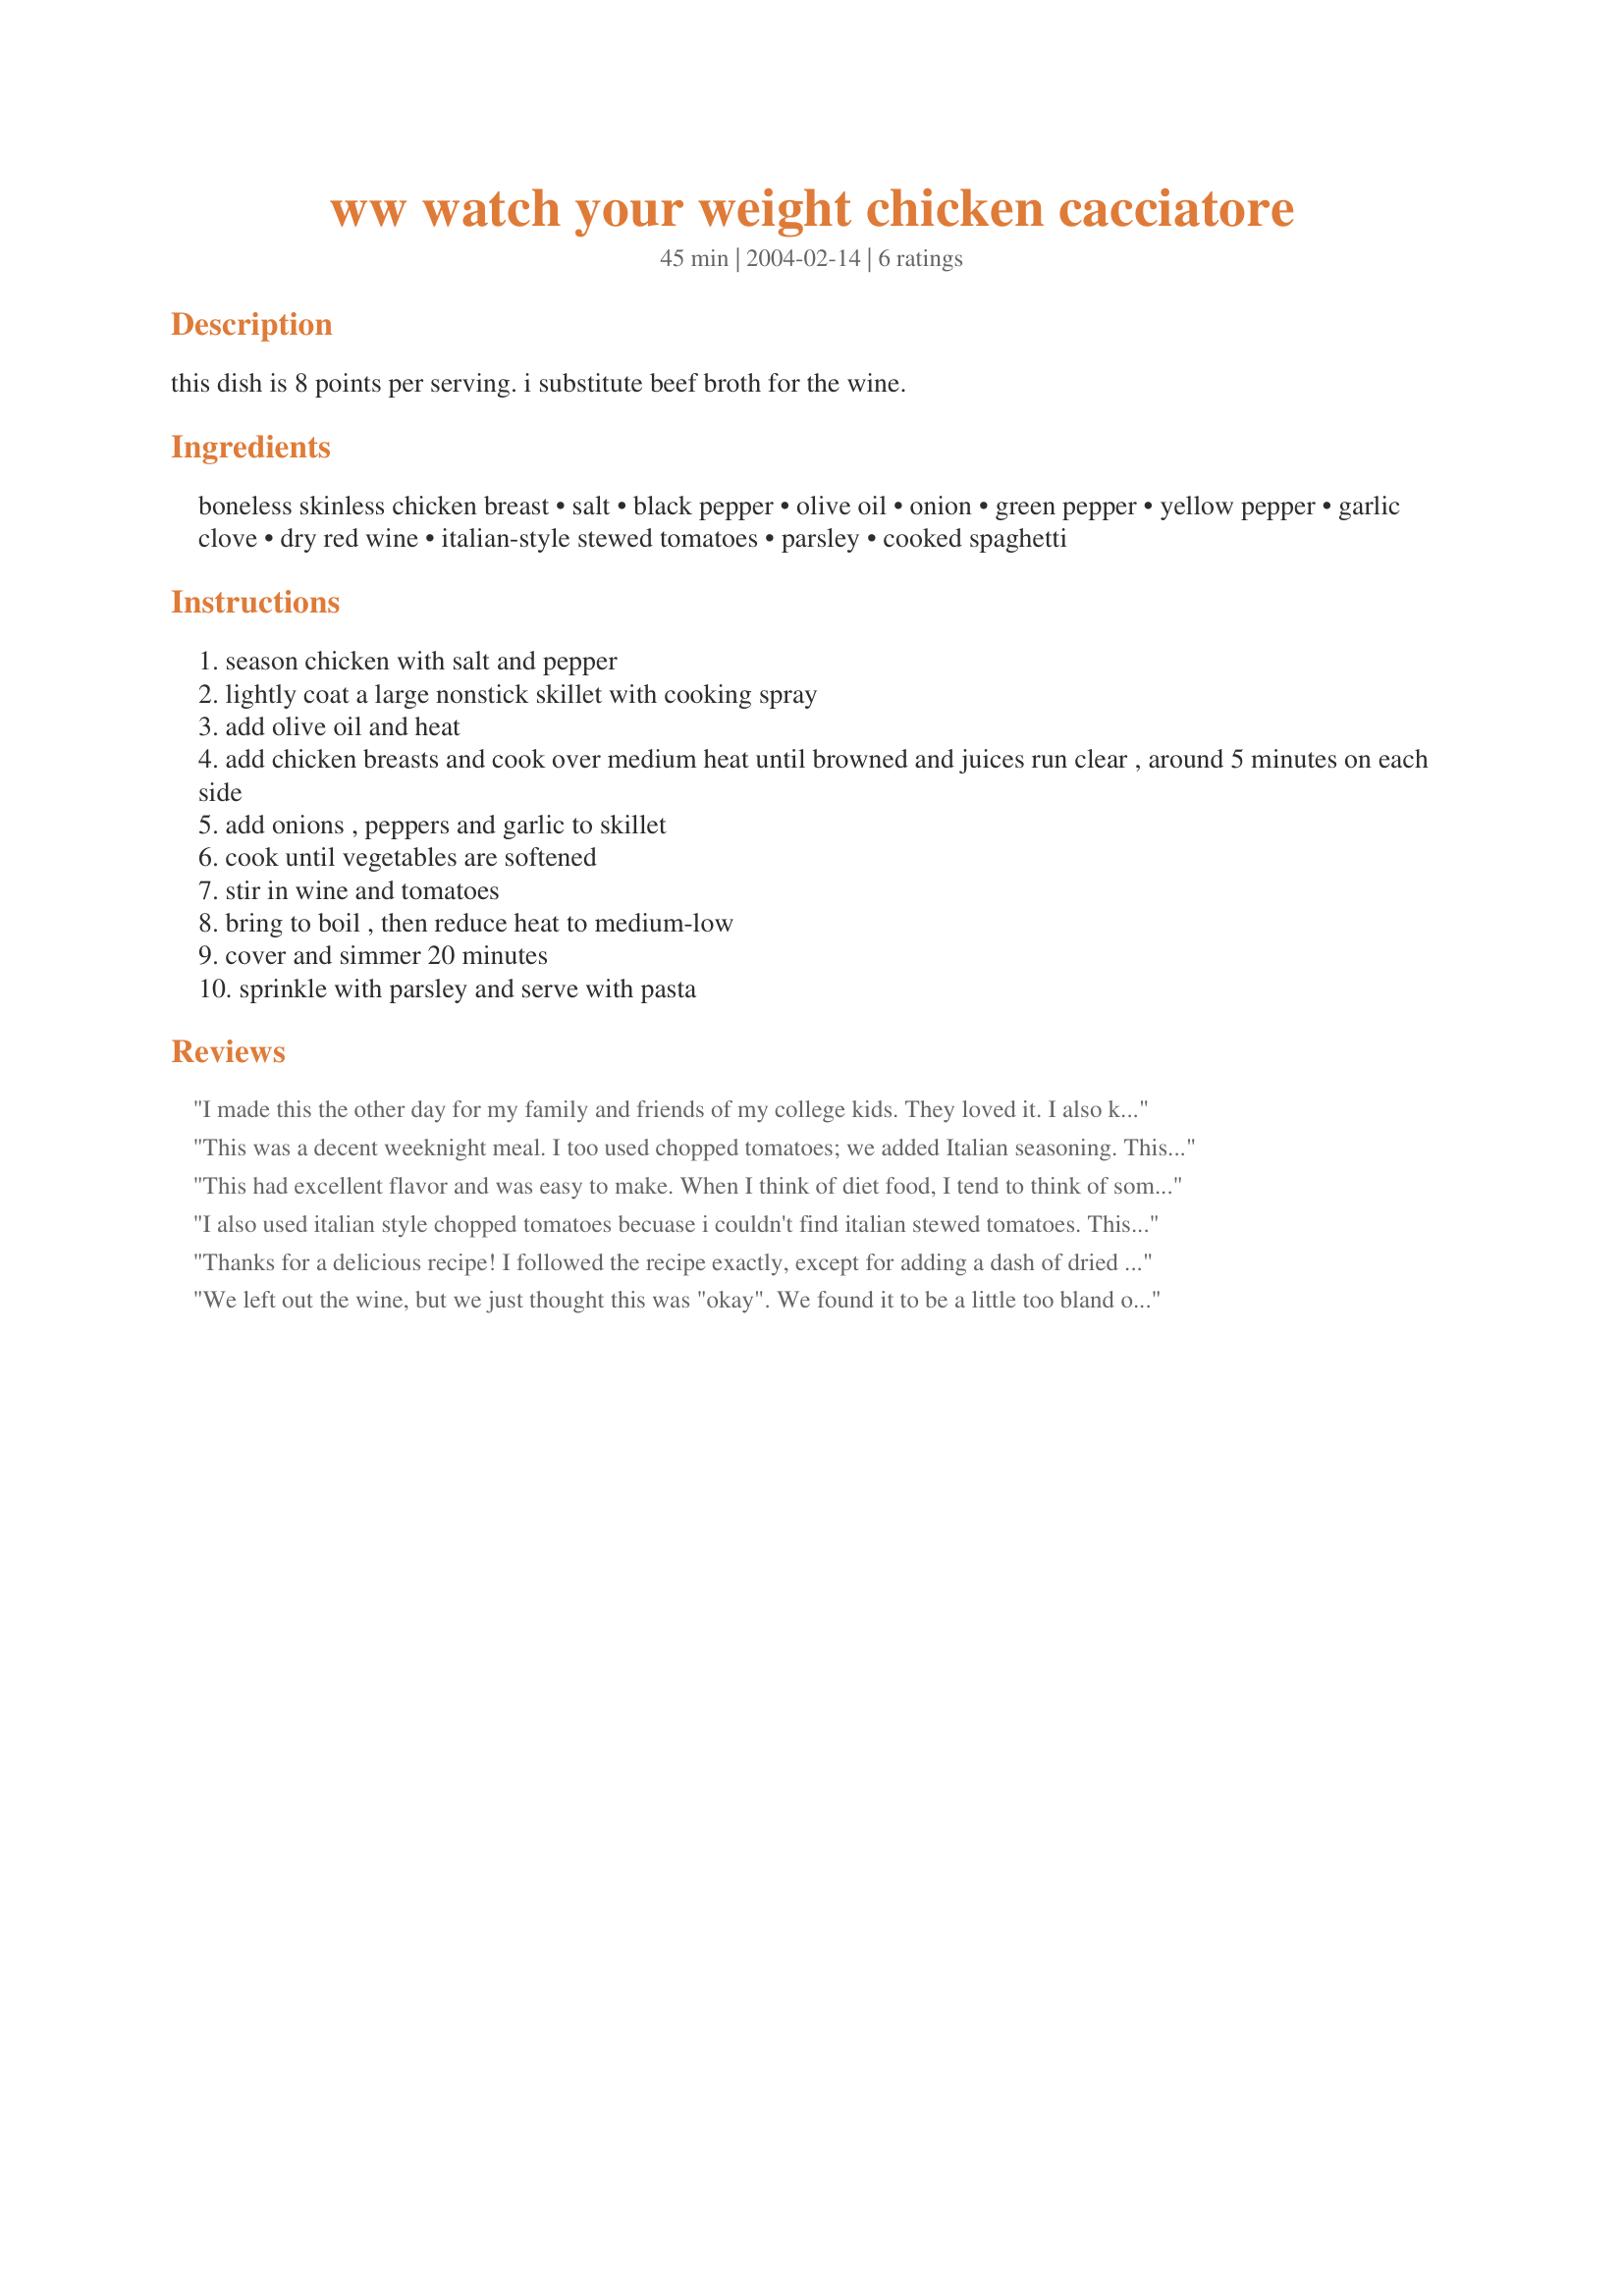
ww watch your weight chicken cacciatore
Preparation time: 45 minutes

this dish is 8 points per serving. i substitute beef broth for the wine.

Ingredients:
boneless skinless chicken breast, salt, black pepper, olive oil, onion, green pepper, yellow pepper, garlic clove, dry red wine, italian-style stewed tomatoes, parsley, cooked spaghetti

Steps:
season chicken with salt and pepper
lightly coat a large nonstick skillet with cooking spray
add olive oil and heat
add chicken breasts and cook over medium heat until browned and juices run clear , around 5 minutes on each side
add onions , peppers and garlic to skillet
cook until vegetables are softened
stir in wine and tomatoes
bring to boil , then reduce heat to medium-low
cover and simmer 20 minutes
sprinkle with parsley and serve with pasta

Reviews:
I made this the other day for my family and friends of my college kids. They loved it. I also kept off the wine in case of any allergies of guests. I did add garlic. I do not think I can cook without it.:)I will make this again!
OH YES- I forgot to mention, I made it in the crockpot on low so the food simmered nicely and the chicken was melt in your mouth.
I served over thin spagetti and this will return to my table very soon.
This was a decent weeknight meal. I too used chopped tomatoes; we added Italian seasoning. This was a little more soupy then we like and needed a bit more zing. But tasted good and was healthy. Thanks for a good dinner!
This had excellent flavor and was easy to make. When I think of diet food, I tend to think of something bland. This was great and full of flavor.
I didn't see any Italian-style stewed tomatoes at the store, so we used Italian-style chopped tomatoes.
My tastes don't agree with most red wines so I used the beef broth suggestion. Thanks for the great recipe.
I also used italian style chopped tomatoes becuase i couldn't find italian stewed tomatoes. This turned out great, I really liked the easey cooking and the great taste that resulted. I also left out the green bell peppers since i have an allergy to them. I replaced with some thinly julliened carrots instead. Thanks for posting. :)
Thanks for a delicious recipe! I followed the recipe exactly, except for adding a dash of dried basil and dried oregano, since we really love herbs and spices!
We left out the wine, but we just thought this was "okay". We found it to be a little too bland or something... just something not quite right.
